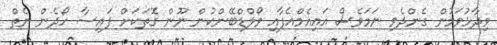
ވިދާޅުވަމުން ގެންދެވި ނަމަވެސް އައިއެމްއެފާއި ވޯލްޑްބޭންކުން ނޫން ގޮތަކަށް ފައިސާ ހޯދެން ނެތް